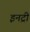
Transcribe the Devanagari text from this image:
इनट्री